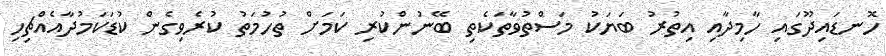
ހޮނޑައިދޫގައި ހާމިދާއި އިތުރު ބަޔަކު މަސްތުވާތަކެތި ބޭނުންކުރި ކަމަށް ތުހުމަތު ކުރެވިގެން ކުޑަކަމުދާއެއްޗިހި